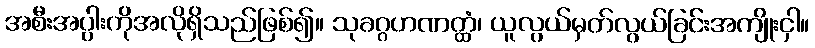
အစီးအပွါးကိုအလိုရှိသည်ဖြစ်၍။ သုခဂ္ဂဟဏတ္ထံ၊ ယူလွယ်မှတ်လွယ်ခြင်းအကျိုးငှါ။